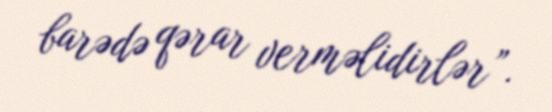
barədə qərar verməlidirlər”.